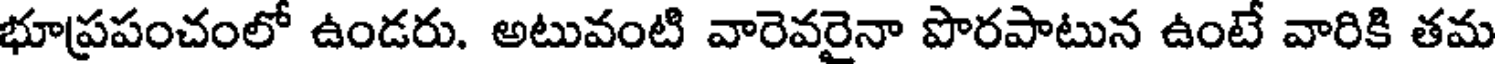
భూప్రపంచంలో ఉండరు. అటువంటి వారెవరైనా పొరపాటున ఉంటే వారికి తమ